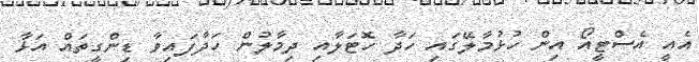
އެއީ އެސްޓީއޯ އިން ހުޅުމާލޭގައި ހަދާ ހޮޓަލާއި ދިމާލުން ހަދާފައިވާ ޑިންގީތައް އަޅާ